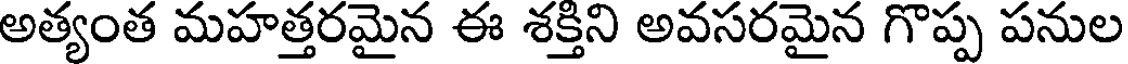
అత్యంత మహత్తరమైన ఈ శక్తిని అవసరమైన గొప్ప పనుల